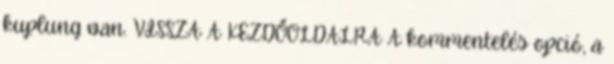
kuplung van. VISSZA A KEZDŐOLDALRA A kommentelés opció, a